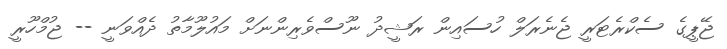
ޖޭޕީގެ ސެކްރެޓަރީ ޖެނެރަލް ހުސައިން ރަޝީދު ނޫސްވެރިންނަށް މައުލޫމާތު ދެއްވަނީ -- ޖުމްހޫރީ